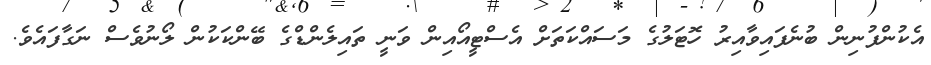
އެކުންފުނިން ބުނެފައިވާއިރު ހޮޓަލުގެ މަސައްކަތަށް އެސްޓީއޯއިން ވަނީ ތައިލެންޑްގެ ބޭންކަކުން ލޯނުވެސް ނަގާފައެވެ.